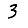
Digit: 3